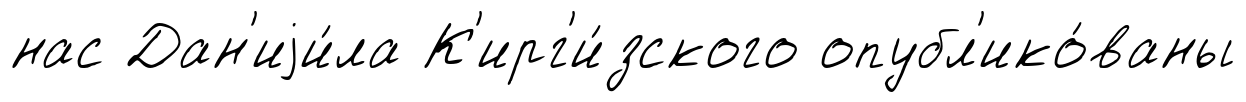
нас Дан'иjи́ла К'ирг'и́зского опубл'ико́ваны